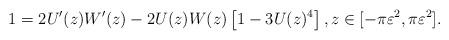
LaTeX: \begin{align*}1 = 2 U'(z) W'(z) - 2 U(z) W(z) \left[ 1 - 3 U(z)^4 \right], z \in [-\pi \varepsilon^2, \pi \varepsilon^2].\end{align*}